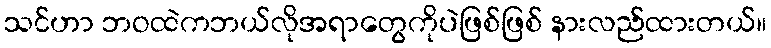
သင်ဟာ ဘဝထဲကဘယ်လိုအရာတွေကိုပဲဖြစ်ဖြစ် နားလည်ထားတယ်။